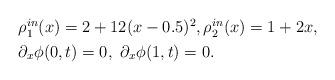
LaTeX: \begin{align*}\begin{aligned} & \rho_1^{in}(x)=2+12(x-0.5)^2, \rho_2^{in}(x)=1+2x, \\& \partial_x\phi(0,t)=0, \ \partial_x\phi(1,t)=0.\end{aligned}\end{align*}